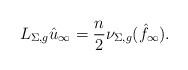
LaTeX: \begin{align*} L_{\Sigma, g} \hat{u}_\infty = \frac{n}{2}\nu_{\Sigma, g}(\hat{f}_\infty). \end{align*}